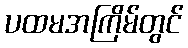
ပထမအကြိမ်တွင်